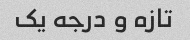
تازه و درجه یک